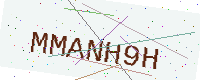
Text: MMANH9H